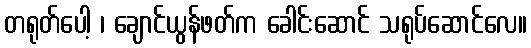
တရုတ်ပေါ့ ၊ ချောင်ယွန်ဖတ်က ခေါင်းဆောင် သရုပ်ဆောင်လေ။